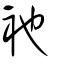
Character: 衪